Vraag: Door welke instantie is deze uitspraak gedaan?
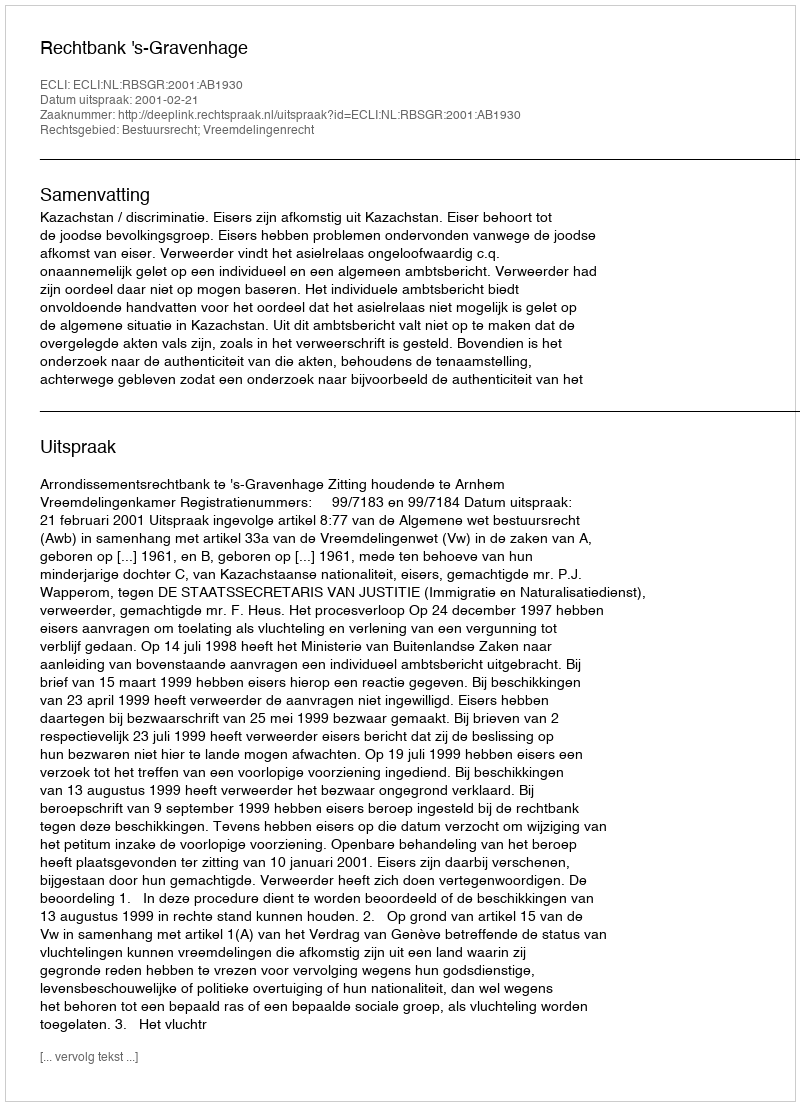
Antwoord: Rechtbank 's-Gravenhage